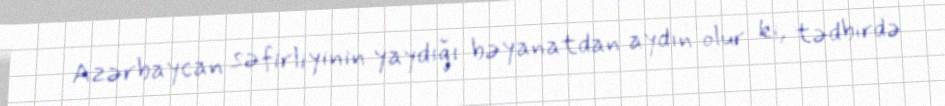
Azərbaycan səfirliyinin yaydığı bəyanatdan aydın olur ki, tədbirdə